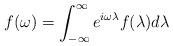
LaTeX: \begin{align*}f(\omega)=\int_{-\infty}^{\infty}e^{i\omega\lambda}f(\lambda)d\lambda\end{align*}